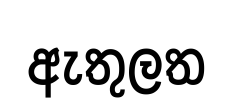
ඇතුලත